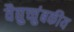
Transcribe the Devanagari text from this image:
वैद्युच्चुंबकीय